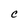
Character: c